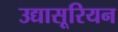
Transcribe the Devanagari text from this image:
उद्यासूरियन